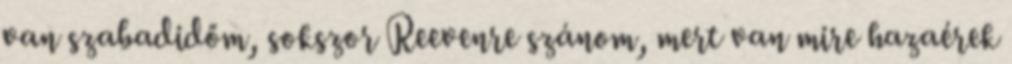
van szabadidőm, sokszor Reevenre szánom, mert van mire hazaérek